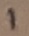
Text: 1